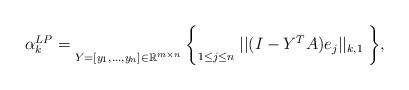
LaTeX: \begin{align*} \alpha_{k}^{LP} = \underset{Y=[y_1,...,y_n]\in \mathbb{R}^{m\times n}}{ }\;\bigg\{ \underset{1\leq j \leq n}{ }\; ||(I-Y^T A)e_j||_{k,1}\; \bigg\},\end{align*}